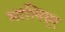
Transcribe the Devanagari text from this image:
मालिएर